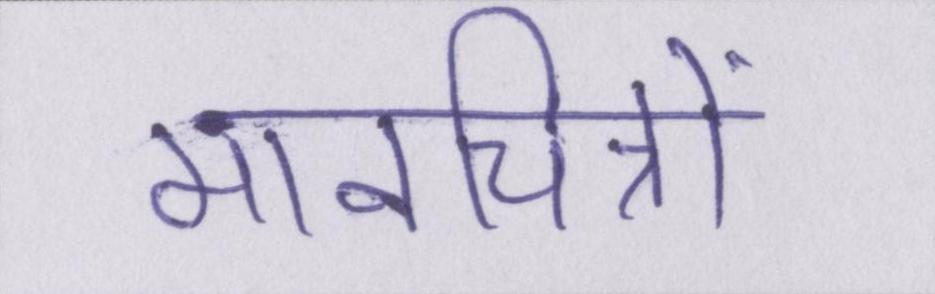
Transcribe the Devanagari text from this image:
मानचित्रों